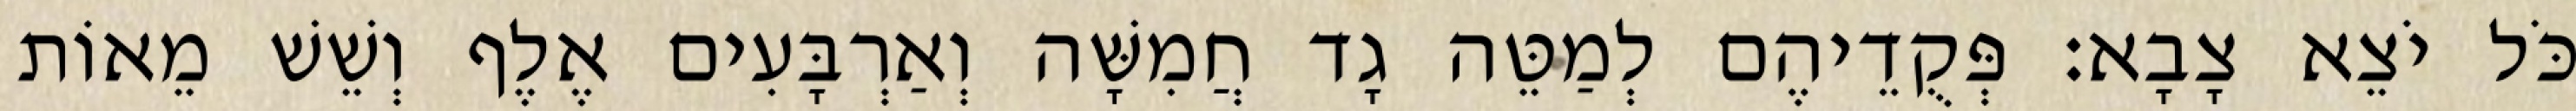
כֹּל יֹצֵא צָבָא׃ פְּקֻדֵיהֶם לְמַטֵּה גָד חֲמִשָּׁה וְאַרְבָּעִים אֶלֶף וְשֵׁשׁ מֵאוֹת